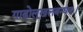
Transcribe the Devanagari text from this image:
गाढोलूखलबन्धनः।